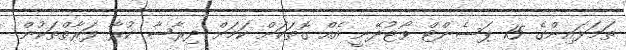
ތަމަޅައިންގެ 15 ޕަސެންޓް ވޯޓުދޭނީ އެއް ގޮތަކަށް ކަމަށް ދިރާސާ ކުރާ ފަރާތްތަކުން